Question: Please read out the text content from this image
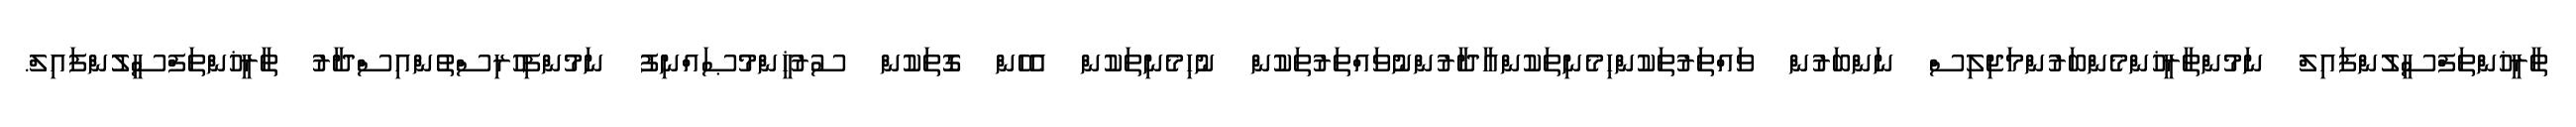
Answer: ތާރީޚުންތަފްސީލުންފައިލް ނަމުންތާރީޚުންމެންބަރުންމަޖިލިސް ނަންބަރުން ވައްތަރުތަކުންހިމެނިތަކުންއާދާރުންނުވައްތަރުތަކުން ނުހިމެނިތަކުން އެހެން ގޮތަކުން ސުރުޚީންމުޞައްނިފު ނަމުންފިހުރިސްތުންއިސްދާރު ތާރީޚުންތަފްސީލުންފައިލް.